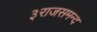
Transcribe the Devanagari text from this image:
३राजसमन्द